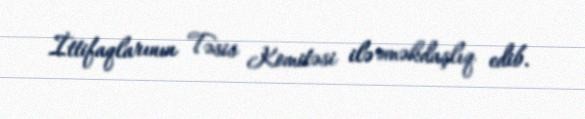
İttifaqlarının Təsis Komitəsi ilə əməkdaşlıq edib.